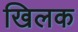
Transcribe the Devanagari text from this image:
खिलक